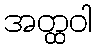
အတ္ထဝါ